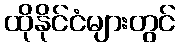
ထိုနိုင်ငံများတွင်